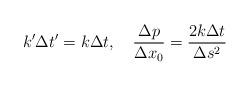
LaTeX: \begin{align*}k'\Delta t' = k\Delta t,\quad {{\Delta p}\over{\Delta x_{0}}}={{2k\Delta t}\over{\Delta s^{2}}} \end{align*}